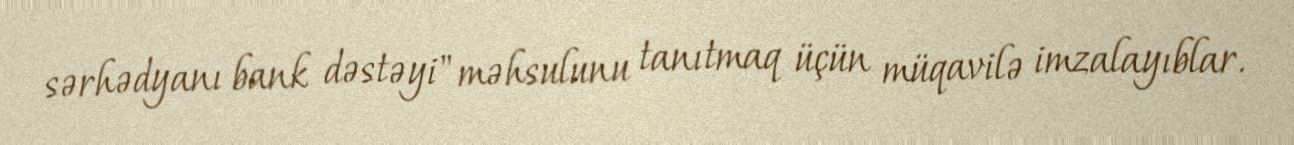
sərhədyanı bank dəstəyi" məhsulunu tanıtmaq üçün müqavilə imzalayıblar.